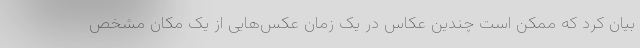
بیان کرد که ممکن است چندین عکاس در یک زمان عکس‌هایی از یک مکان مشخص